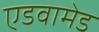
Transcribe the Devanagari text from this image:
एडवामेड